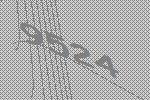
9524